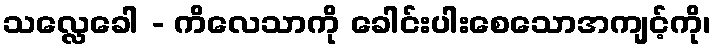
သလ္လေခေါ - ကိလေသာကို ခေါင်းပါးစေသောအကျင့်ကို၊